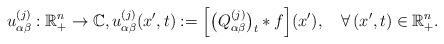
LaTeX: \begin{align*}u^{(j)}_{\alpha\beta}:{\mathbb{R}}^n_{+}\to {\mathbb{C}},u^{(j)}_{\alpha\beta}(x',t):=\Big[\big(Q^{(j)}_{\alpha\beta}\big)_t\ast f\Big](x'),\quad\forall\,(x',t)\in{\mathbb{R}}^n_{+}.\end{align*}